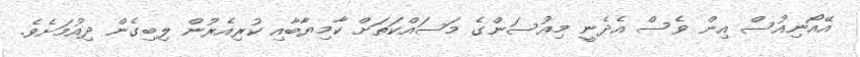
އޭއޯނިއުސް އިން ވެސް އެދެނީ މިއުސަންގެ މަސައްކަތަށް ކާމިޔާބާއި ކުރިއެރުން ލިބިގެން ދިއުމަށެވެ.